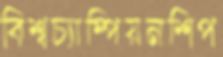
বিশ্বচ্যাম্পিয়নশিপ